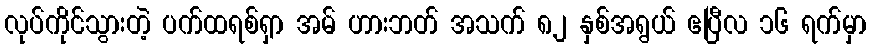
လုပ်ကိုင်သွားတဲ့ ပက်ထရစ်ရှာ အမ် ဟားဘတ် အသက် ၈၂ နှစ်အရွယ် ဧပြီလ ၁၆ ရက်မှာ